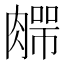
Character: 𰯆